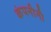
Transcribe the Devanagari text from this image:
कंपनीनी